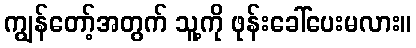
ကျွန်တော့်အတွက် သူ့ကို ဖုန်းခေါ်ပေးမလား။